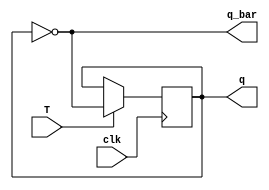
module tff(clk,T,q,q_bar);
input clk,T;
output reg q=0;
output q_bar;
always @(posedge clk)
begin
if(T)
q<=~q;
else
q<=q;
end 
assign q_bar=~q;

endmodule